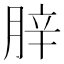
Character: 𦛛